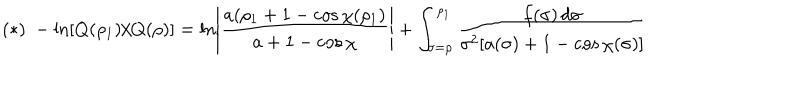
( * ) \; - \ln [ Q ( \rho _ { 1 } ) / Q ( \rho ) ] = \ln \left| \frac { a ( \rho _ { 1 } + 1 - \cos \chi ( \rho _ { 1 } ) } { a + 1 - \cos \chi } \right| + \int _ { \sigma = \rho } ^ { \rho _ { 1 } } \frac { f ( \sigma ) \, d \sigma } { \sigma ^ { 2 } [ a ( \sigma ) + 1 - \cos \chi ( \sigma ) ] }